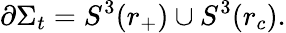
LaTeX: \partial\Sigma_{t}=S^{3}(r_{+})\cup S^{3}(r_{c}).